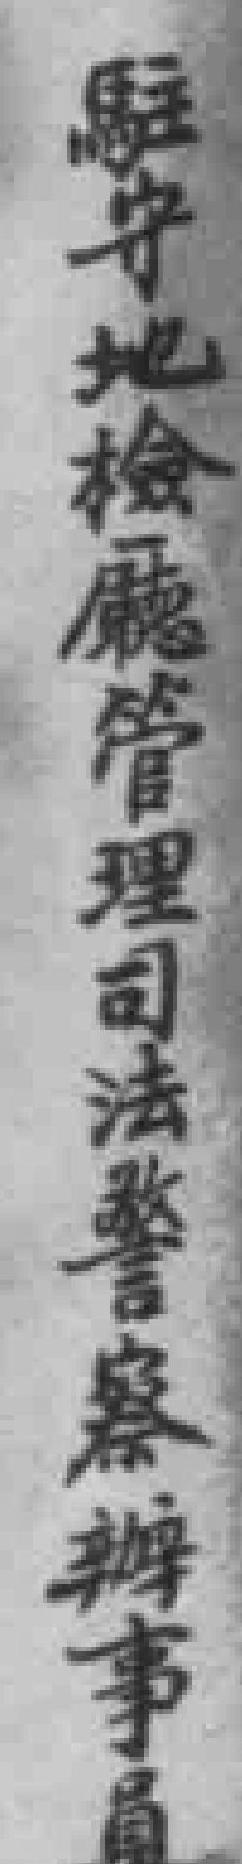
駐守地检廳管理司法警察辦事員